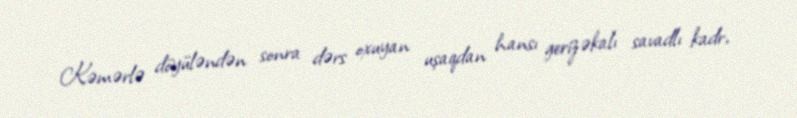
Kəmərlə döyüləndən sonra dərs oxuyan uşaqdan hansı gerizəkalı savadlı kadr,